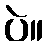
ပဲ။